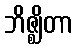
ဘိဇ္ဈိတာ